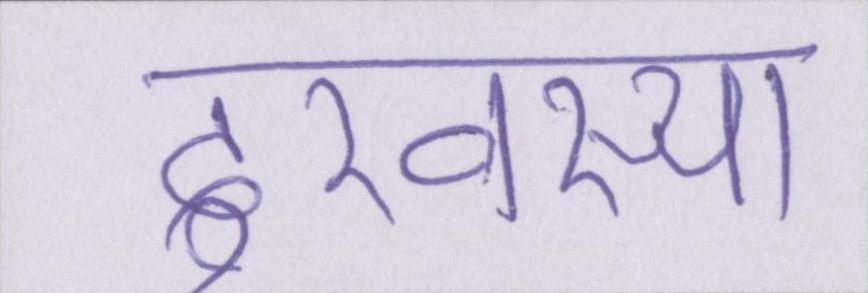
दुरवस्था